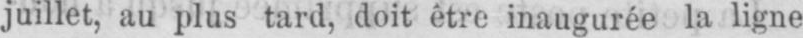
juillet, au plus tard, doit être inaugurée la ligne